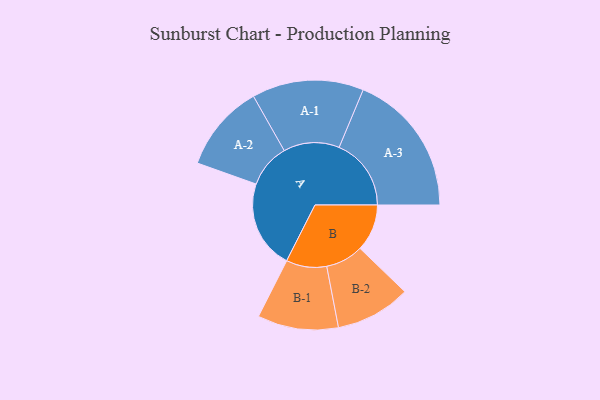
{"axis": {"x": "Segment", "y": "Value"}, "legend": ["", "A", "B"], "data": [{"x": "A", "y": 350, "type": ""}, {"x": "B", "y": 186, "type": ""}, {"x": "A-1", "y": 221, "type": "A"}, {"x": "A-2", "y": 173, "type": "A"}, {"x": "A-3", "y": 285, "type": "A"}, {"x": "B-1", "y": 160, "type": "B"}, {"x": "B-2", "y": 149, "type": "B"}]}